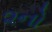
૨નો